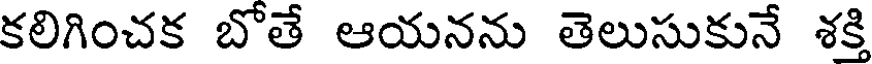
కలిగించక బోతే ఆయనను తెలుసుకునే శక్తి